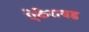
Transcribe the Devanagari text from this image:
ऐकेरायड